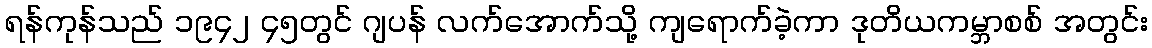
ရန်ကုန်သည် ၁၉၄၂ ၄၅တွင် ဂျပန် လက်အောက်သို့ ကျရောက်ခဲ့ကာ ဒုတိယကမ္ဘာစစ် အတွင်း